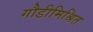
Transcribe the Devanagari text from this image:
गौडीमिश्रित